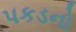
પકડનો